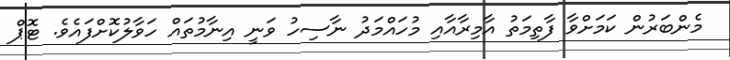
މެންބަރުން ކަމަށްވާ ފާތިމަތު އާމިރާއާއި މުހައްމަދު ނާސިހު ވަނީ އިނާމުތައް ހަވާލުކޮށްފައެވެ. ޓޮޕް